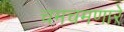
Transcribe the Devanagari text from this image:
चमचमणारे